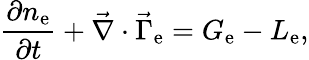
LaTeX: \frac{\partial{n_{\mathrm{e}}}}{\partial{t}}+\vec{\nabla}\cdot\vec{\Gamma}_{\mathrm{e}}=G_{\mathrm{e}}-L_{\mathrm{e}},